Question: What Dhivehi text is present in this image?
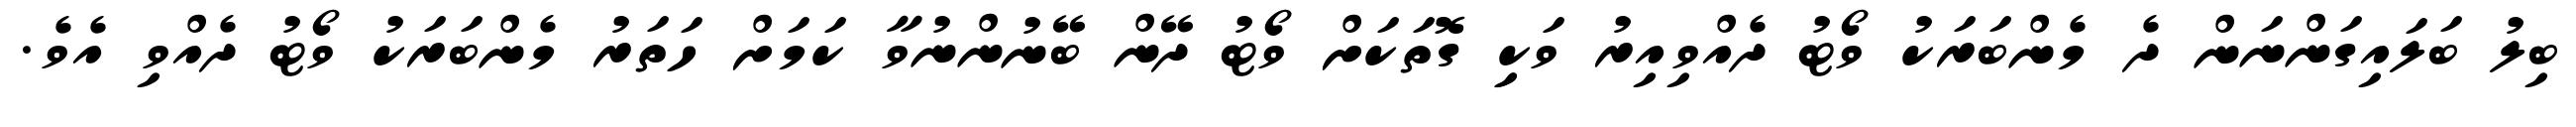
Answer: ބިލު ބަލައިގަންނަން ދެ މެންބަރަކު ވޯޓު ދެއްވިއިރު ވަކިި ގޮތަކަށް ވޯޓު ދޭން ބޭނުންނުވާ ކަމަށް ހަތަރު މެންބަރަކު ވޯޓު ދެއްވި އެވެ.